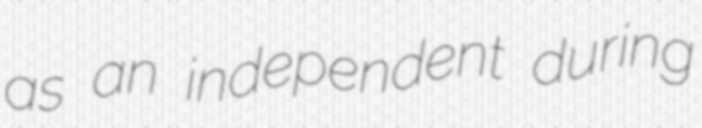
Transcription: as an independent during